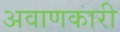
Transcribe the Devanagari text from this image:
अवाणकारी